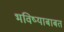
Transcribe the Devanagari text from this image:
भविष्याबाबत